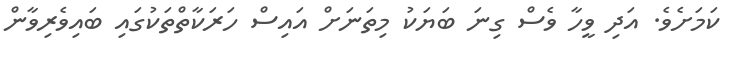
ކަމަށެވެ. އަދި ވީހާ ވެސް ގިނަ ބަޔަކު މިތަނަށް އައިސް ހަރަކާތްތަކުގައި ބައިވެރިވާން